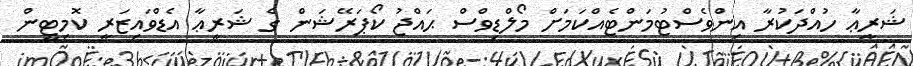
ޝަރީޢާ ހުއްދަކުރާ އިންވެސްޓުމަންޓެއްކަމަށް މޯލްޑިވްސް ޙައްޖު ކޯޕަރޭޝަން ގެ ޝަރީޢާ އެޑްވައިޒަރީ ކޮމިޓީން